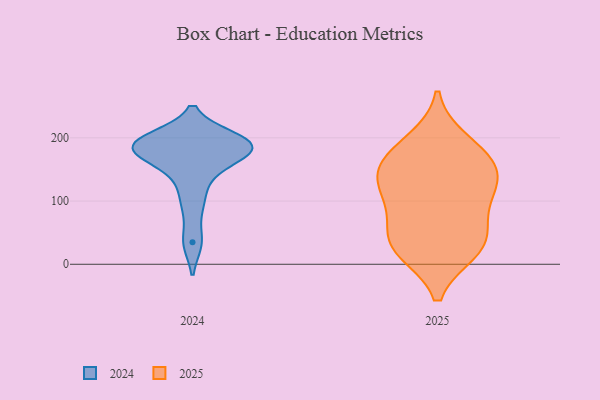
{"axis": {"x": "Latency (ms)", "y": "Value"}, "legend": ["2024", "2025"], "data": [{"x": "", "y": 199, "type": "2024"}, {"x": "", "y": 191, "type": "2024"}, {"x": "", "y": 176, "type": "2024"}, {"x": "", "y": 35, "type": "2024"}, {"x": "", "y": 175, "type": "2024"}, {"x": "", "y": 195, "type": "2024"}, {"x": "", "y": 97, "type": "2024"}, {"x": "", "y": 139, "type": "2024"}, {"x": "", "y": 179, "type": "2024"}, {"x": "", "y": 189, "type": "2024"}, {"x": "", "y": 28, "type": "2025"}, {"x": "", "y": 143, "type": "2025"}, {"x": "", "y": 194, "type": "2025"}, {"x": "", "y": 83, "type": "2025"}, {"x": "", "y": 30, "type": "2025"}, {"x": "", "y": 44, "type": "2025"}, {"x": "", "y": 172, "type": "2025"}, {"x": "", "y": 166, "type": "2025"}, {"x": "", "y": 103, "type": "2025"}, {"x": "", "y": 22, "type": "2025"}, {"x": "", "y": 131, "type": "2025"}, {"x": "", "y": 130, "type": "2025"}]}